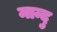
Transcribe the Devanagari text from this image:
मान्दु